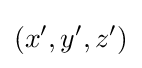
\left(x',y',z'\right)